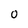
Character: 0